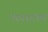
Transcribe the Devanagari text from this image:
भरवशाच्या